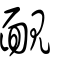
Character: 靦